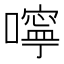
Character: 嚀